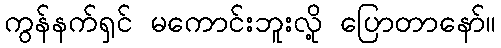
ကွန်နက်ရှင် မကောင်းဘူးလို့ ပြောတာနော်။